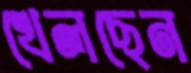
খেলছেন